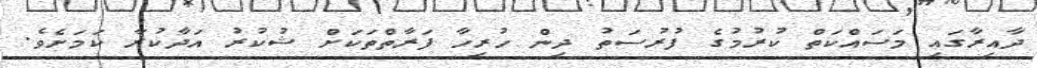
ދާއިރާގައި މަސައްކަތް ކުރުމުގެ ފުރުސަތު ދިން ހުރިހާ ފަރާތްތަކަށް ޝުކުރު އަދާކުރާ ކަމަށެވެ.